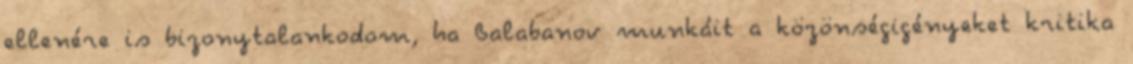
ellenére is bizonytalankodom, ha Balabanov munkáit a közönségigényeket kritika